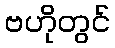
ဗဟိုတွင်